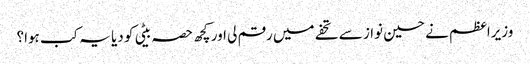
وزیراعظم نے حسین نواز سے تحفے میں رقم لی اور کچھ حصہ بیٹی کو دیا یہ کب ہوا؟